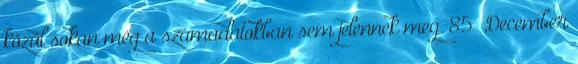
közül sokan még a számadatokban sem jelennek meg. 85 December